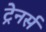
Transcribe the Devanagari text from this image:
ट्रेनर्स